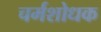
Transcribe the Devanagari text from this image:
चर्मशोधक